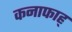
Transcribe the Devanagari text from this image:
कनाफाह्